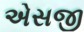
એસજી